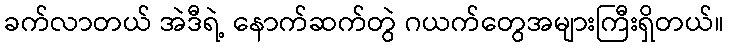
ခက်လာတယ် အဲဒီရဲ့ နောက်ဆက်တွဲ ဂယက်တွေအများကြီးရှိတယ်။